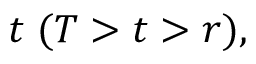
t \; ( T > t > r ) ,